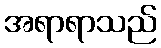
အရာရာသည်